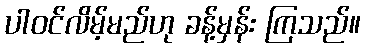
ပါဝင်လိမ့်မည်ဟု ခန့်မှန်း ကြသည်။